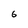
Character: 6